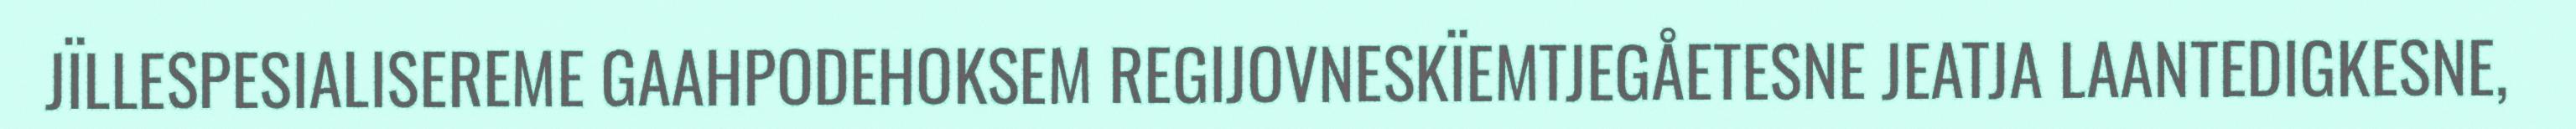
JÏLLESPESIALISEREME GAAHPODEHOKSEM REGIJOVNESKÏEMTJEGÅETESNE JEATJA LAANTEDIGKESNE,